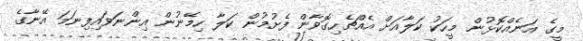
މީގެ އަނެއްކޮޅުން މީހަކު ކަލާއަށް އެއްޗެހިގޮވާން ފެށުމުން ކަލާ ހިމޭނުން އިންނަވައިފިނަމަ އޭނާގެ